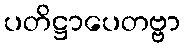
ပတိဋ္ဌာပေတဗ္ဗာ